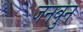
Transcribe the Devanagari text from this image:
जनवुन